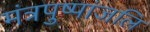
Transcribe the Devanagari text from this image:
मंत्रपुष्पांजलि